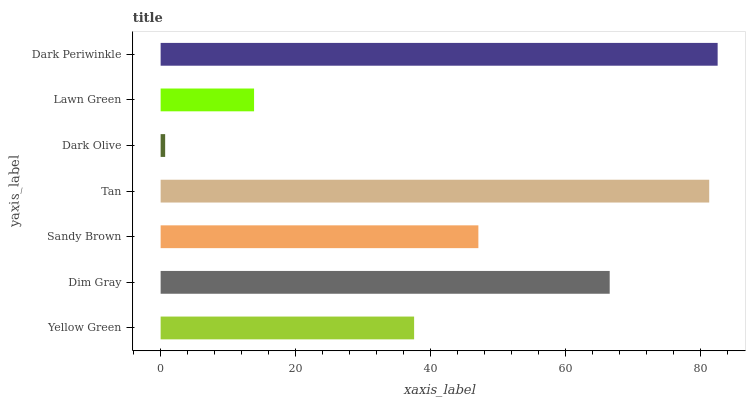
| yaxis_label | bars |
 | --- | --- |
 | Yellow Green | 37.6 |
 | Dim Gray | 66.5 |
 | Sandy Brown | 47.1 |
 | Tan | 81.3 |
 | Dark Olive | 0.67 |
 | Lawn Green | 13.8 |
 | Dark Periwinkle | 82.5 |